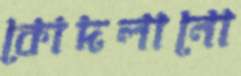
কোদলানো